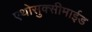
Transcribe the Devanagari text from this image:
एथोसुक्सीमाईड